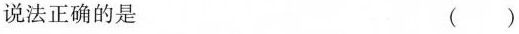
说法正确的是 （）